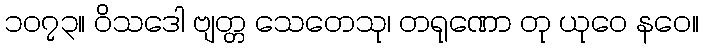
၁၀၇၃။ ဝိသဒေါ ဗျတ္တ သေတေသု၊ တရုဏော တု ယုဝေ နဝေ။